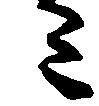
ミ